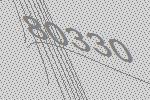
80330